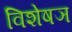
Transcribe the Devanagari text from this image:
विशेषञ